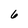
Character: 6